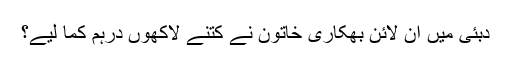
دْبئی میں آن لائن بھکاری خاتون نے کتنے لاکھوں درہم کما لیے؟